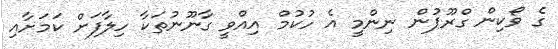
ގެ ވޯކިން ގްރޫޕުން ނިންމީ އެ ހުކުމް އިއްވީ ގާނޫނުތަކާ ހިލާފަށް ކަމަށާއި